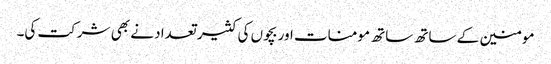
مومنین کے ساتھ ساتھ مومنات اور بچوں کی کثیر تعداد نے بھی شرکت کی۔